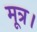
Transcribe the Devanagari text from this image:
मूत्र।